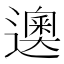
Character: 𰻘